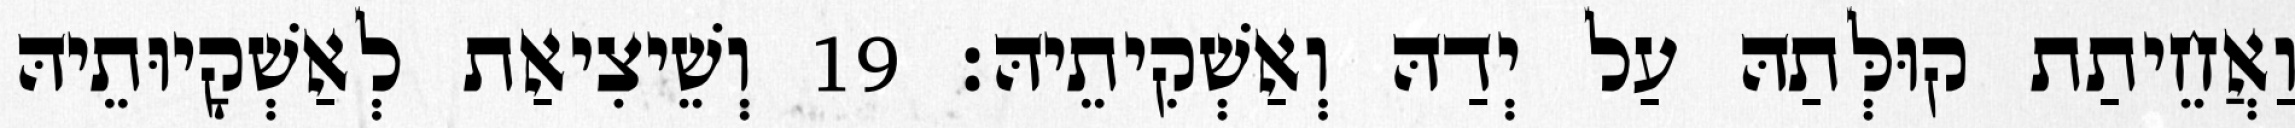
וַאֲחֵיתַת קוּלְּתַהּ עַל יְדַהּ וְאַשְׁקִיתֵיהּ׃ 19 וְשֵׁיצִיאַת לְאַשְׁקָיוּתֵיהּ